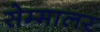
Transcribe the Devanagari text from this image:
सेम्मालर